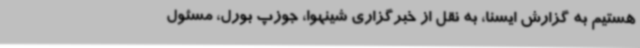
هستیم به گزارش ایسنا، به نقل از خبرگزاری شینهوا، جوزپ بورل، مسئول